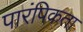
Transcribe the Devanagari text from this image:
पारंपिकता